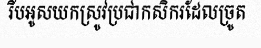
រឹបអូសយកស្រូវប្រជាកសិករដែលច្រូត